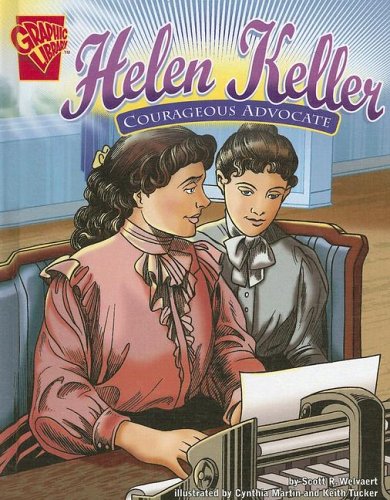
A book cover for Helen Keller: Courageous Advocate (Graphic Biographies); Scott R. Welvaert; Children's Books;